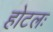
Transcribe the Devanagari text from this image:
होटलः